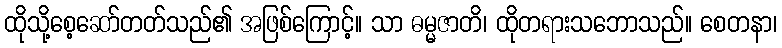
ထိုသို့စေ့ဆော်တတ်သည်၏ အဖြစ်ကြောင့်။ သာ ဓမ္မဇာတိ၊ ထိုတရားသဘောသည်။ စေတနာ၊